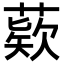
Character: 𦹔